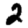
Digit: 2